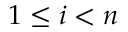
1 \leq i < n